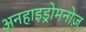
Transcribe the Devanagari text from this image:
अनहाइड्रोमनोज़